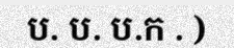
ប. ប. ប.ក . )